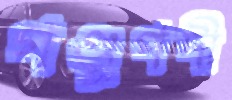
গণ্ডূপদী